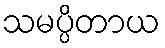
သမပ္ပိတာယ